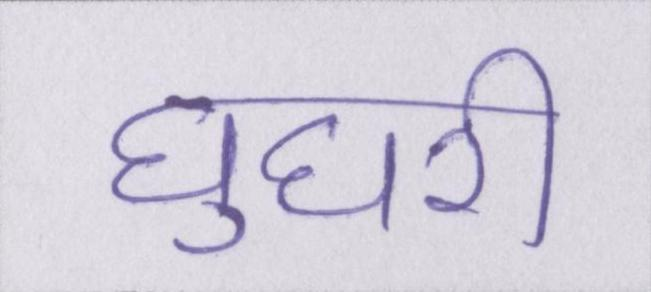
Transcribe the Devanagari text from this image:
घुघरी